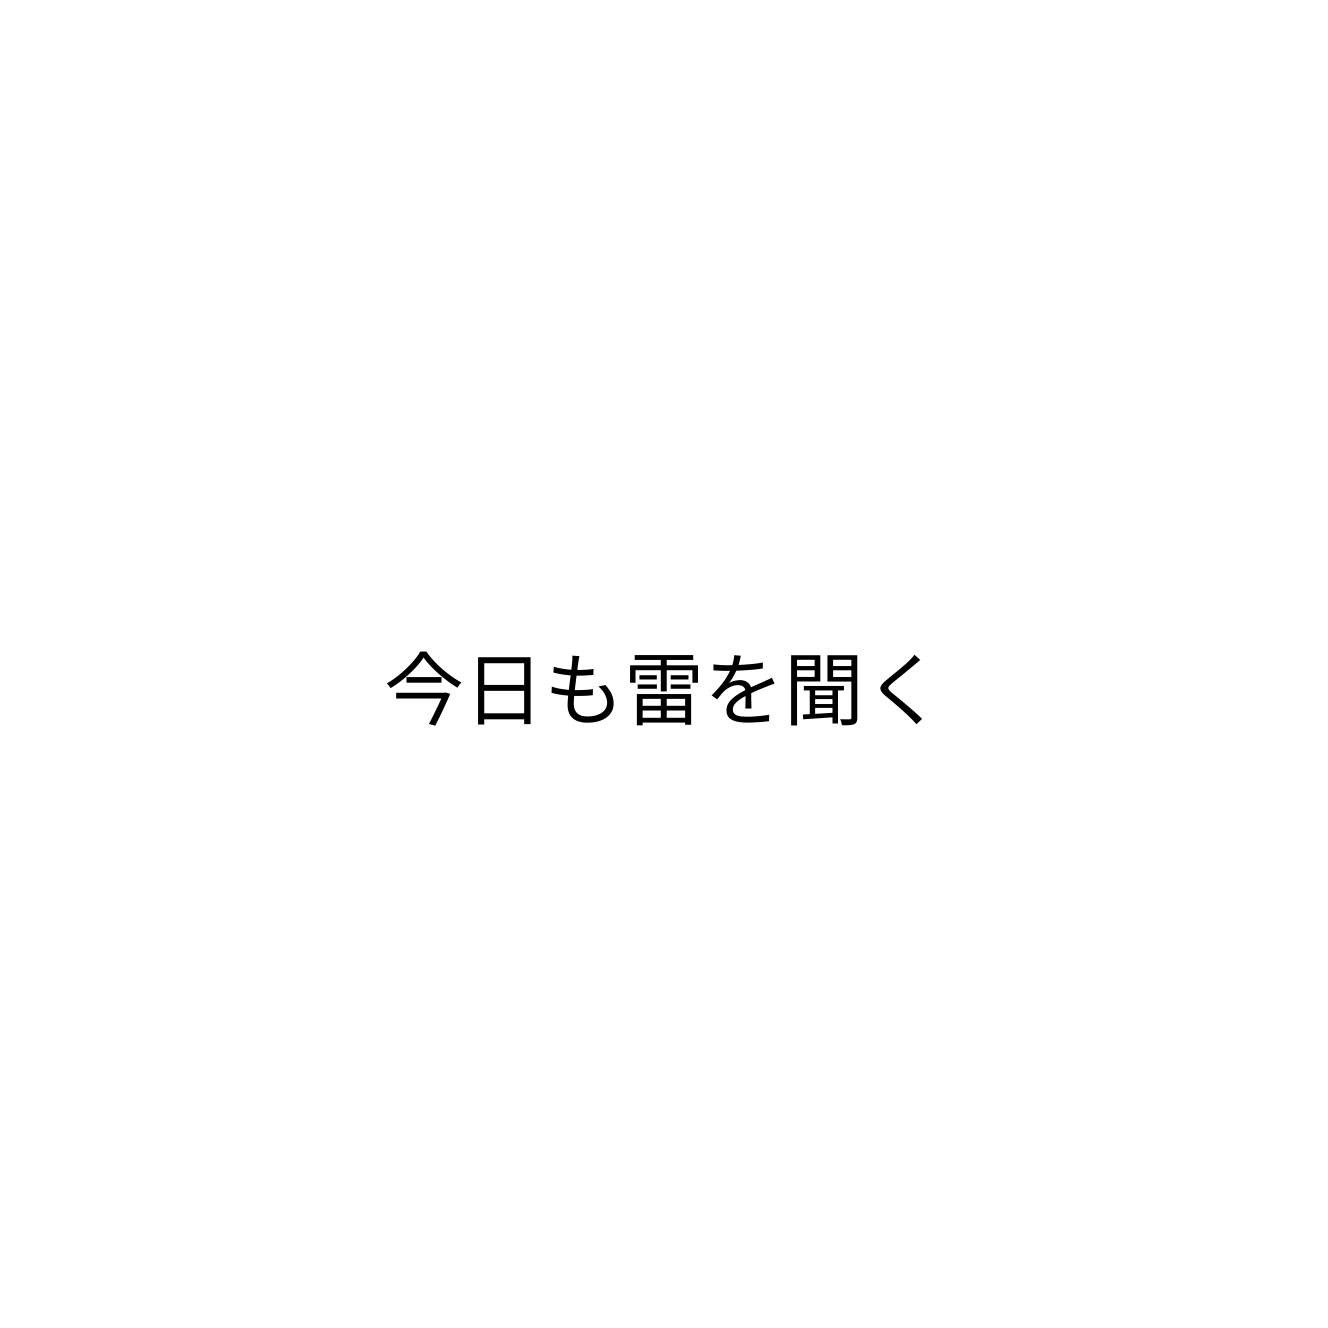
今日も雷を聞く